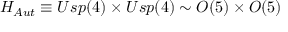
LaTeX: H _ { A u t } \equiv U s p ( 4 ) \times U s p ( 4 ) \sim O ( 5 ) \times O ( 5 )